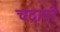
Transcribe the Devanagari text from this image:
चंद्रापी